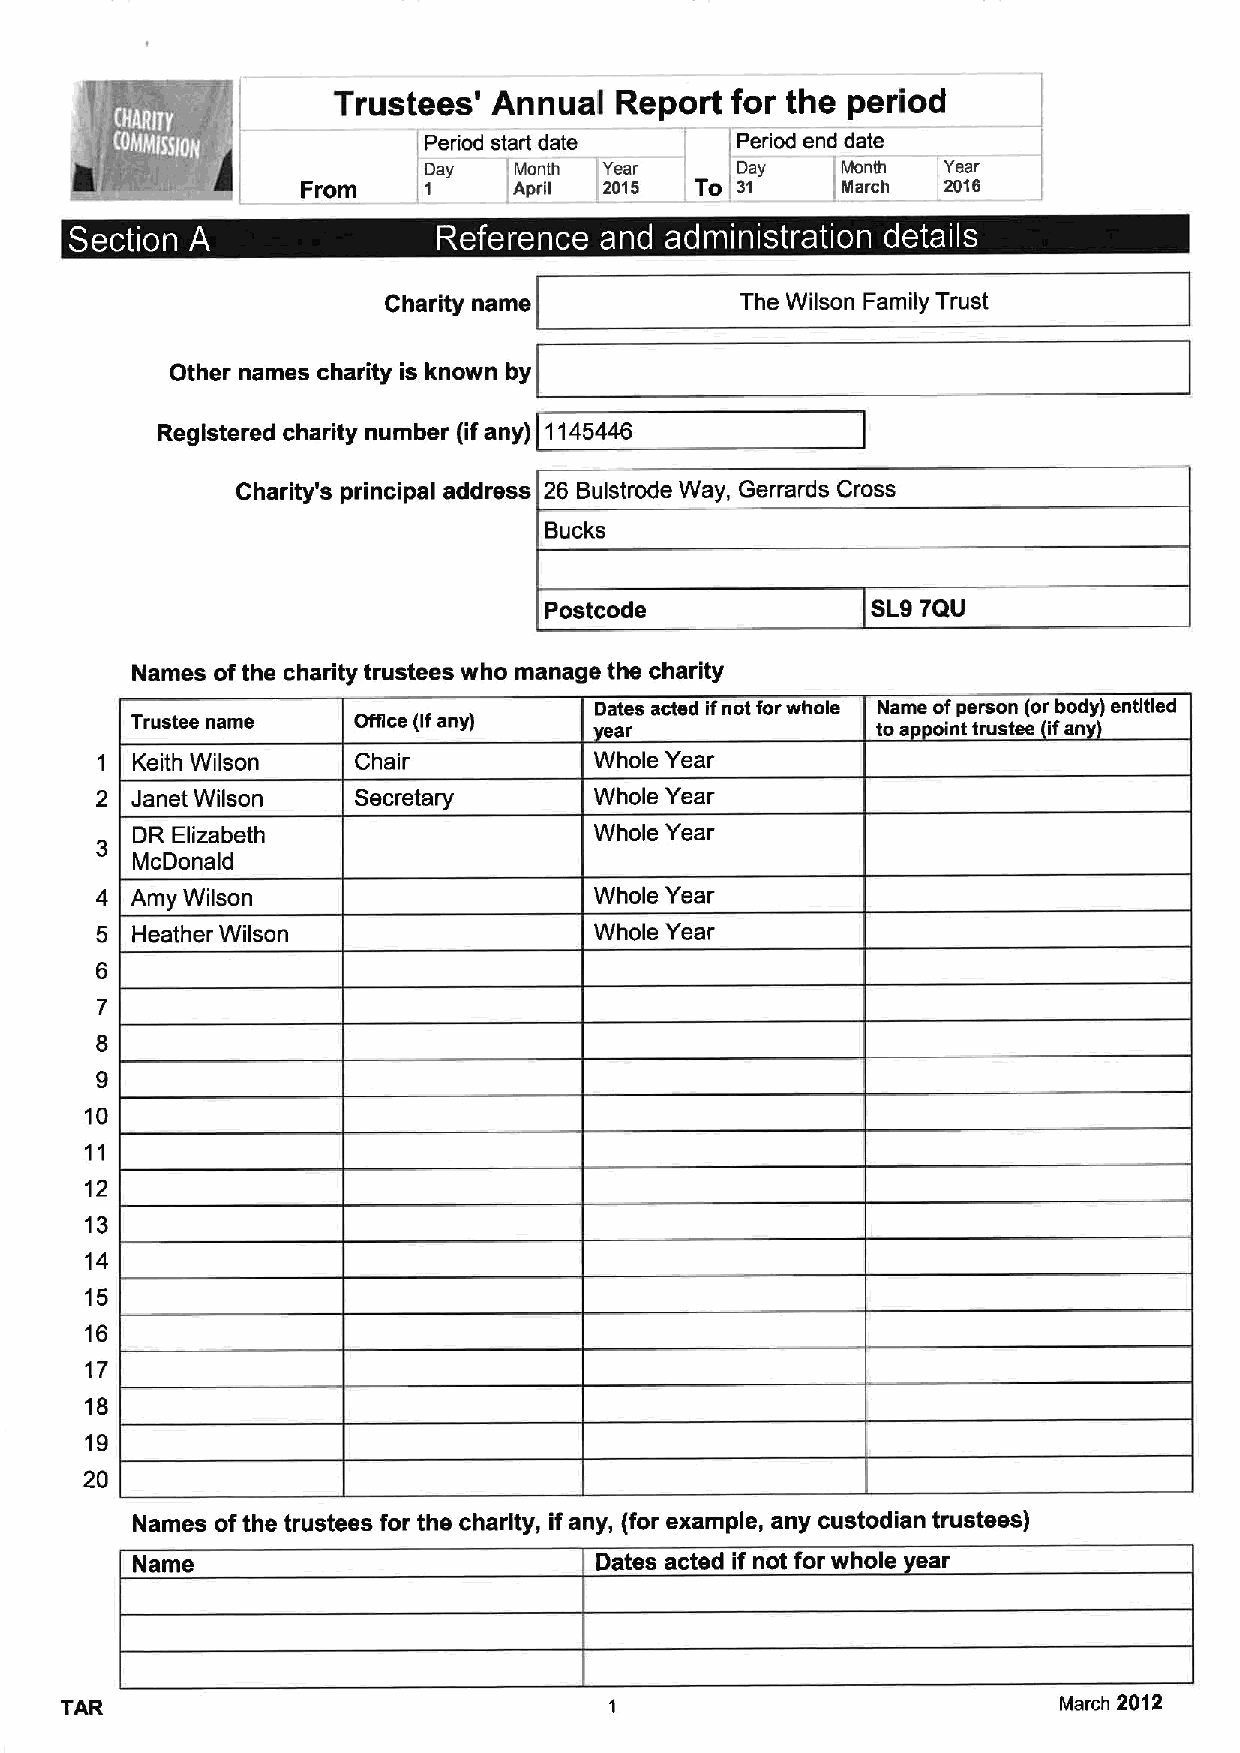
Trustees'  Annual  Report for the period
 Period start date    Period end date
 Dey   tMonth Year    Dey    Month
 I
 From    1     April (2015 TO 31     March
 l                    i
 t
 ~                               ~  ~       e  ~  ~  e
 Charity name            The Wilson Family Trust
 Other names charity is known by
 Registered charity number (ifany) 1145446
 Charity's principal address 26 Bulstrode Way, Gerrards Cross
 Bucks
 Postcode              SL97QU
 Names ofthe charity trustees who manage the charity
 Dates acted ifnot forwhole Name ofperson (orbody) entitled
 Trustee name  Office (ifany)    sr'              toa oint trustee ifan
 1  Keith Wilson  Chair           Whole Year
 2  Janet Wilson  Secretary       Whole Year
 DR Elizabeth                  Whole Year
 McDonald
 4  Amy Wilson                    Whole Year
 5  Heather Wilson                Whole Year
 6
 7
 8
 9
 10
 11
 12
 13
 14
 15
 16
 17
 18
 19
 20
 Names ofthe trustees for the charity, if any, (for example, any custodian trustees)
 Name                          Dates acted if not for whole ear
 TAR                                                               March 2012